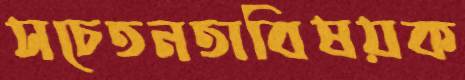
সচেতনতাবিষয়ক